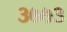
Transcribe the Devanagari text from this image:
३७७३